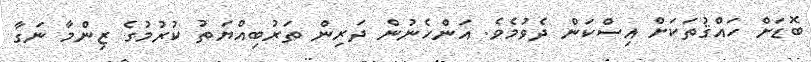
ބޮޑަށް ހައްޤުތަކަށް އިސްކަން ދެވުމެވެ. އަންހެނުން ދަރިން ތަރުބިއްޔަތު ކުރުމުގެ ޒިންމާ ނަގާ